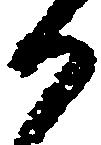
か